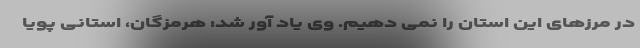
در مرزهای این استان را نمی دهیم. وی یاد آور شد: هرمزگان، استانی پویا